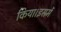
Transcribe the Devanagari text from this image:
किया।इसमें